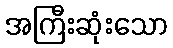
အကြီးဆုံးသော